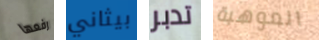
رفعها بيثاني تدبر الموهبة